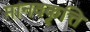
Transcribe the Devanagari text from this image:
मानवकृत्ति